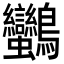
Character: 𪈿